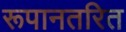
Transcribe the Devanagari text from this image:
रूपानतरित